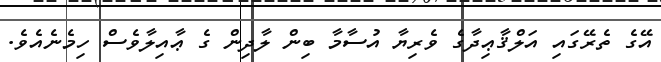
އޭގެ ތެރޭގައި އަލްޤާޢިދާގެ ވެރިޔާ އުސާމާ ބިން ލާދިން ގެ ޢާއިލާވެސް ހިމެނެއެވެ.